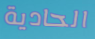
الحادية